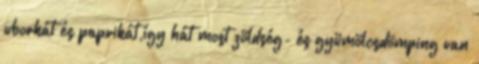
uborkát és paprikát,így hát most zöldség- és gyümölcsdömping van